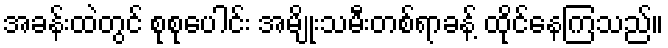
အခန်းထဲတွင် စုစုပေါင်း အမျိုးသမီးတစ်ရာခန့် ထိုင်နေကြသည်။